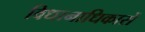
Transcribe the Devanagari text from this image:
विधानाधिकारों